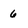
Character: 6